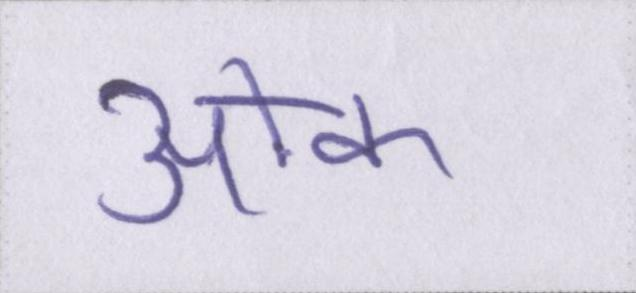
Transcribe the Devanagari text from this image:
ओक